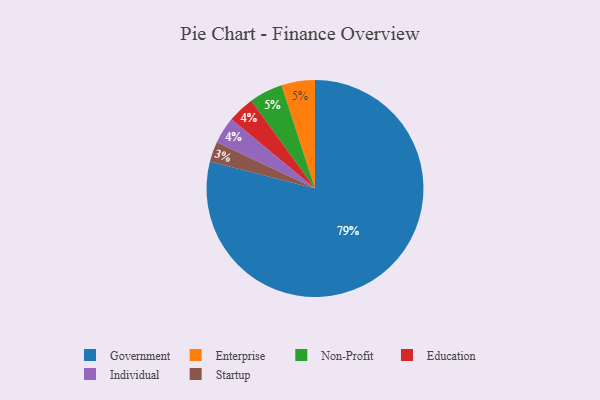
{"axis": {"x": "Category", "y": "Percentage"}, "legend": ["Education", "Enterprise", "Government", "Individual", "Non-Profit", "Startup"], "data": [{"x": "Education", "y": 4, "type": "Education"}, {"x": "Startup", "y": 3, "type": "Startup"}, {"x": "Individual", "y": 4, "type": "Individual"}, {"x": "Enterprise", "y": 5, "type": "Enterprise"}, {"x": "Non-Profit", "y": 5, "type": "Non-Profit"}, {"x": "Government", "y": 79, "type": "Government"}]}